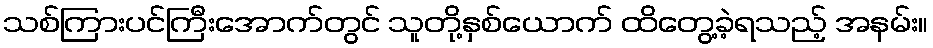
သစ်ကြားပင်ကြီးအောက်တွင် သူတို့နှစ်ယောက် ထိတွေ့ခဲ့ရသည့် အနမ်း။